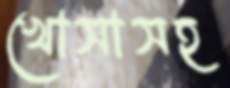
খোসাসহ